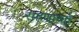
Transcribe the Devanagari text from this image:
राहणार्याा